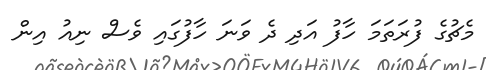
މެޗުގެ ފުރަތަމަ ހާފު އަދި ދެ ވަނަ ހާފުގައި ވެސް ނިއު އިން